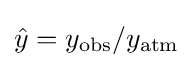
{\hat {y}}=y_{\mathrm {obs} }/y_{\mathrm {atm} }